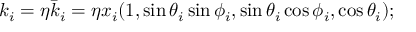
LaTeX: k _ { i } = \eta \bar { k } _ { i } = \eta x _ { i } ( 1 , \sin \theta _ { i } \sin \phi _ { i } , \sin \theta _ { i } \cos \phi _ { i } , \cos \theta _ { i } ) ;